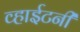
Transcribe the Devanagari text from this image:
व्हाईटनी